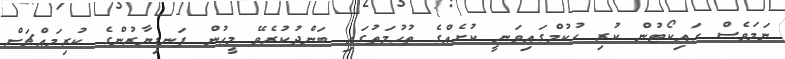
ނަމަވެސް ހައިކޯޓުން ކުރި ހުކުމްގައިވަނީ ކުށެއްގެ ތުހުމަތުގައި ބަންދުކުރެވޭ މީހުން ފަނޑިޔާރުންގެ ކުރިމައްޗަށް